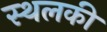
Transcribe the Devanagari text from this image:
स्‍थलकी